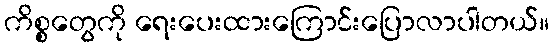
ကိစ္စတွေကို ရေးပေးထားကြောင်းပြောလာပါတယ်။